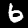
Digit: 6